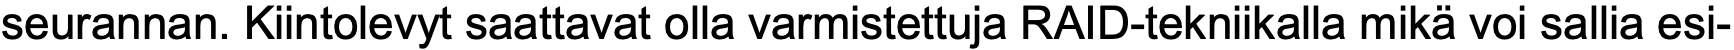
seurannan. Kiintolevyt saattavat olla varmistettuja RAID-tekniikalla mikä voi sallia esi-